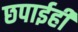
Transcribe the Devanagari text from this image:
छपाईही